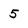
Character: 5